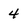
Character: 4